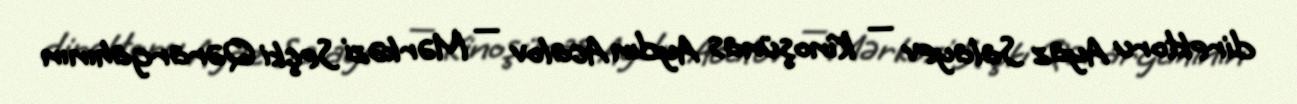
direktoru Ayaz Salayev — Kinoşünas Aydın Acalov — Mərkəzi Seçki Qərargahının